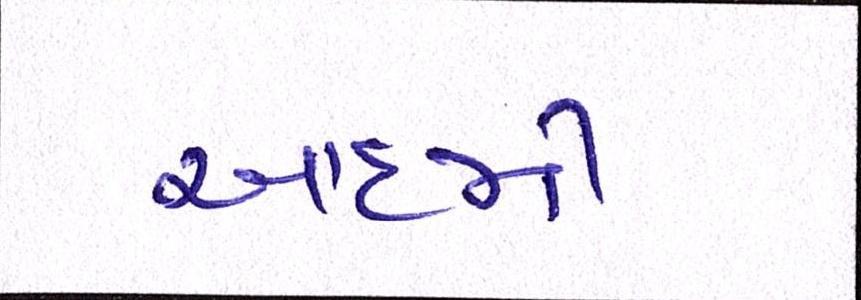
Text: આદમી